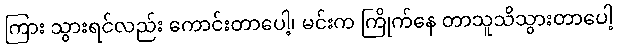
ကြား သွားရင်လည်း ကောင်းတာပေါ့၊ မင်းက ကြိုက်နေ တာသူသိသွားတာပေါ့